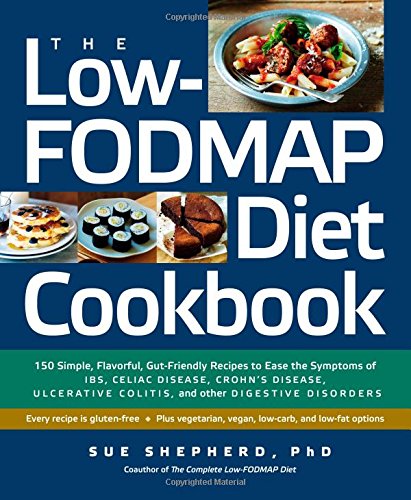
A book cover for The Low-FODMAP Diet Cookbook: 150 Simple, Flavorful, Gut-Friendly Recipes to Ease the Symptoms of IBS, Celiac Disease, Crohn's Disease, Ulcerative Colitis, and Other Digestive Disorders; Sue Shepherd PhD; Cookbooks, Food & Wine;